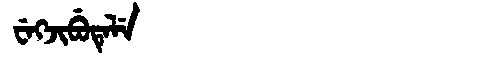
Manchu: ᠸᡝᡴᠵᡳᠪᡠᡨᡝᠯᡝ
Romanization: WEKJIBUTELE